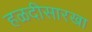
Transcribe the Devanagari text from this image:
हळदीसारखा